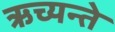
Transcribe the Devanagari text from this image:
ऋच्यन्ते